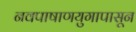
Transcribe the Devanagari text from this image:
नवपाषाणयुगापासून